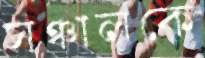
সঞ্চালকে